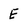
Character: E